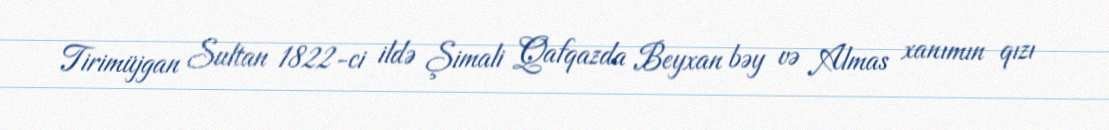
Tirimüjgan Sultan 1822-ci ildə Şimali Qafqazda Beyxan bəy və Almas xanımın qızı